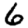
Digit: 6